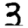
Digit: 3